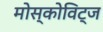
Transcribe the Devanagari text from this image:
मोस्कोविट्ज